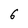
Character: 6